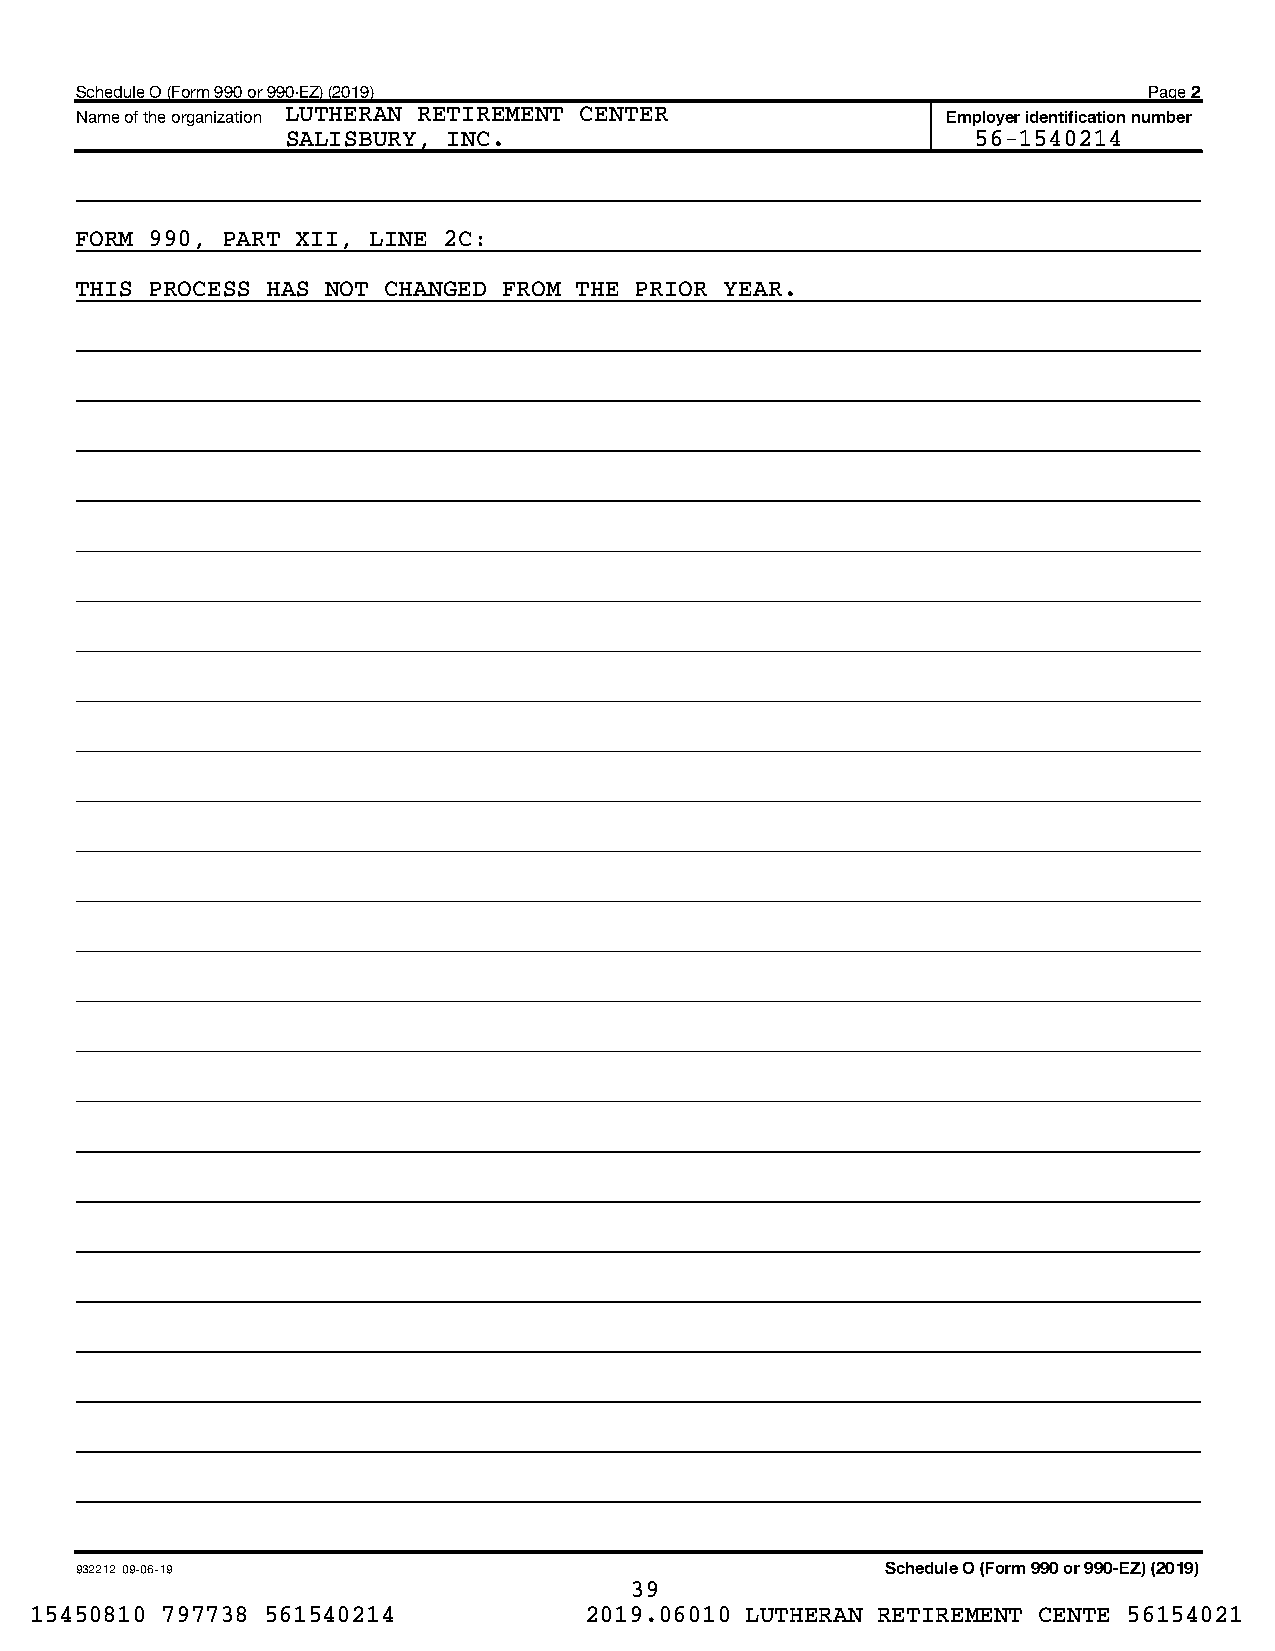
Schedule O (Form 990 or 990-EZ) (2019)                                 Page 2
 Name of the organization LUTHERAN RETIREMENT CENTER       Employer identification number
 SALISBURY, INC.                               56-1540214
 FORM 990, PART XII, LINE 2C:
 THIS PROCESS HAS NOT CHANGED FROM THE PRIOR YEAR.
 932212 09-06-19                                       Schedule O (Form 990 or 990-EZ) (2019)
 39
 15450810 797738 561540214            2019.06010 LUTHERAN RETIREMENT CENTE 56154021